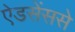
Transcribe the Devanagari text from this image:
ऐडसेंससे